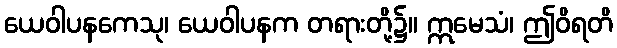
ယေဝါပနကေသု၊ ယေဝါပနက တရားတို့၌။ ဣမေသံ၊ ဤဝိရတိ